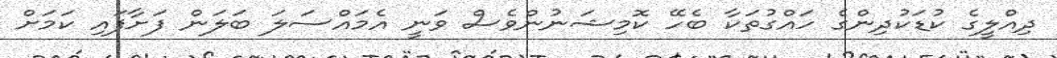
ދިއްލީގެ ކުޑަކުދިންގެ ހައްގުތަކާ ބެހޭ ކޮމިޝަނުންވެސް ވަނީ އެމައްސަލަ ބަލަން ފަށާފައި ކަމަށް